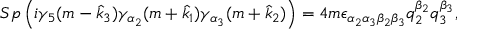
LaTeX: S p \left( { i \gamma _ { 5 } ( m - \hat { k } _ { 3 } ) \gamma _ { \alpha _ { 2 } } ( m + \hat { k } _ { 1 } ) \gamma _ { \alpha _ { 3 } } ( m + \hat { k } _ { 2 } ) } \right) = 4 m \epsilon _ { \alpha _ { 2 } \alpha _ { 3 } \beta _ { 2 } \beta _ { 3 } } q _ { 2 } ^ { \beta _ { 2 } } q _ { 3 } ^ { \beta _ { 3 } } ,